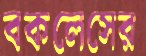
বকলেসের